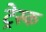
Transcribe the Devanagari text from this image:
ट्रेस्क